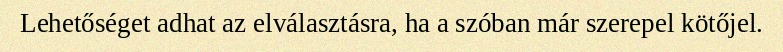
Lehetőséget adhat az elválasztásra, ha a szóban már szerepel kötőjel.